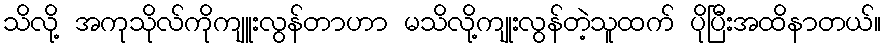
သိလို့ အကုသိုလ်ကိုကျူးလွန်တာဟာ မသိလို့ကျုးလွန်တဲ့သူထက် ပိုပြီးအထိနာတယ်။